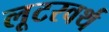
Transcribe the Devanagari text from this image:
लूटरवर्थ